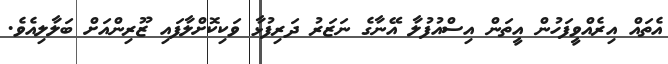
އެތައް އިރެއްވީފަހުން އީތަން އިސްއުފުލާ އޭނާގެ ނަޒަރު ދަރިފުޅާ ވަކިކޮށްލާފައި ޒޫރިންއަށް ބަލާލިއެވެ.